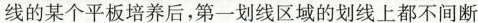
线的某个平板培养后，第一划线区域的划线上都不间断